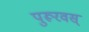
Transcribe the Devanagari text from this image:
पुरूरवस्